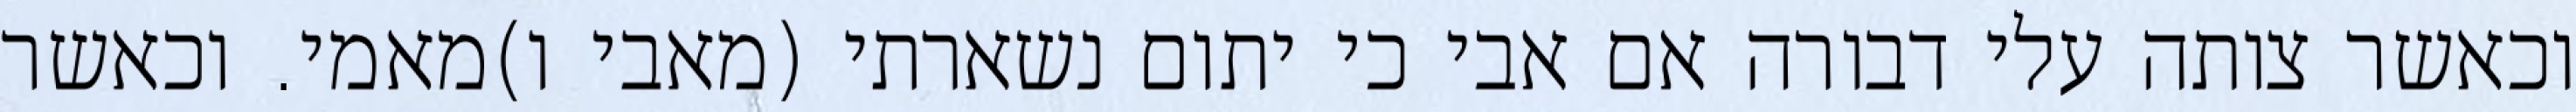
וכאשר צותה עלי דבורה אם אבי כי יתום נשארתי (מאבי ו)מאמי. וכאשר